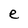
Character: e